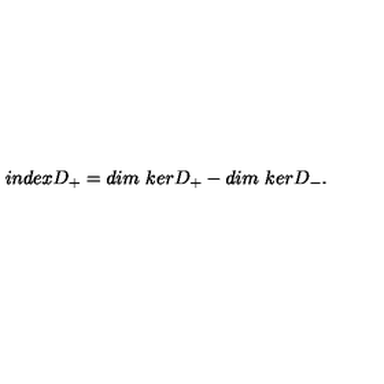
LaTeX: i n d e x D _ { + } = d i m { \ } k e r D _ { + } - d i m { \ } k e r D _ { - } .